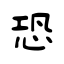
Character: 恐